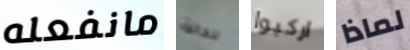
مانفعله للحالة اركبوا لماذا